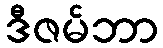
ဒီဇမ်ဘာ